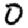
Digit: 0